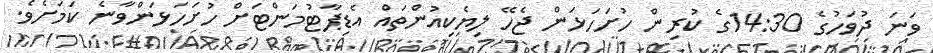
ވަނަ ދުވަހުގެ 14:30ގެ ކުރިން ހުށަހަޅަން ޖެހޭ ލިޔެކިއުންތައް އެޑިޕާޓުމަންޓަށް ހުށަހަޅަންވާނެ ކަމަށެވެ.